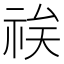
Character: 𱵌